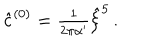
{ \hat { c } } ^ { ( 0 ) } = { \textstyle \frac { 1 } { 2 \pi \alpha ^ { \prime } } } \hat { \xi } ^ { 5 } \, .